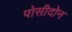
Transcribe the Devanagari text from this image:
पोसीदोन